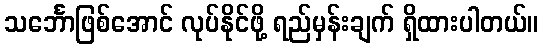
သင်္ဘောဖြစ်အောင် လုပ်နိုင်ဖို့ ရည်မှန်းချက် ရှိထားပါတယ်။